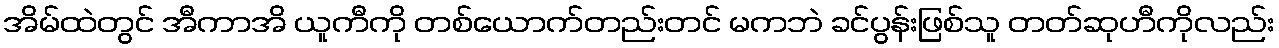
အိမ်ထဲတွင် အီကာအိ ယူကီကို တစ်ယောက်တည်းတင် မကဘဲ ခင်ပွန်းဖြစ်သူ တတ်ဆုဟီကိုလည်း